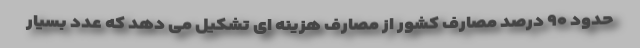
حدود ۹۰ درصد مصارف کشور از مصارف هزینه ای تشکیل می دهد که عدد بسیار